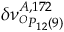
\delta \nu _ { ^ { O } P _ { 1 2 } ( 9 ) } ^ { A , 1 7 2 }